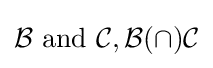
{\mathcal {B}}{\text{ and }}{\mathcal {C}},{\mathcal {B}}(\cap ){\mathcal {C}}